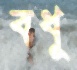
বধূ